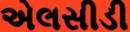
એલસીડી